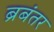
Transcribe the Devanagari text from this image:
ब्रबंतर